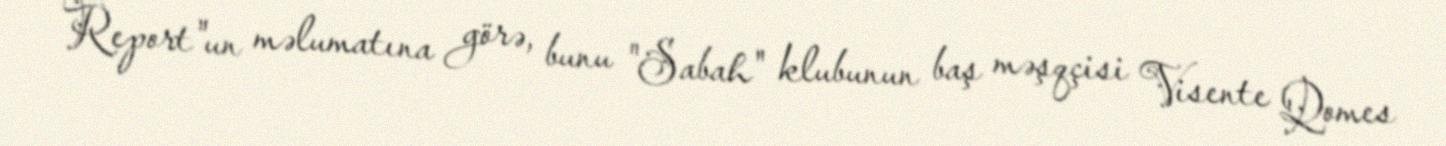
Report"un məlumatına görə, bunu "Sabah" klubunun baş məşqçisi Visente Qomes